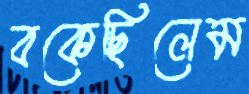
বকেছিলেম